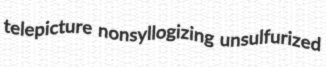
telepicture nonsyllogizing unsulfurized